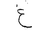
Letter: _gayn